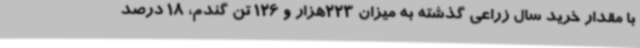
با مقدار خرید سال زراعی گذشته به میزان 223هزار و 126 تن گندم، 18 درصد